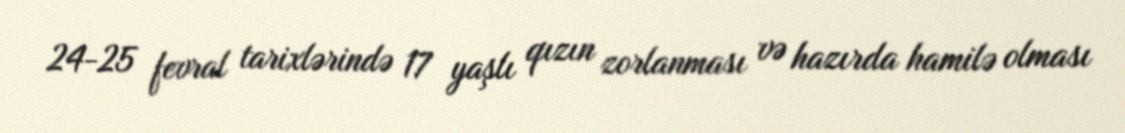
24-25 fevral tarixlərində 17 yaşlı qızın zorlanması və hazırda hamilə olması